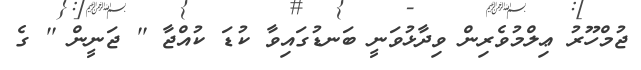
ޖުމްހޫރު ޢިލްމުވެރިން ވިދާޅުވަނީ ބަނޑުގައިވާ ކުޑަ ކުއްޖާ '' ޖަނީން '' ގެ